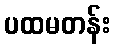
ပထမတန်း